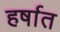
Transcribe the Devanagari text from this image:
हर्षात